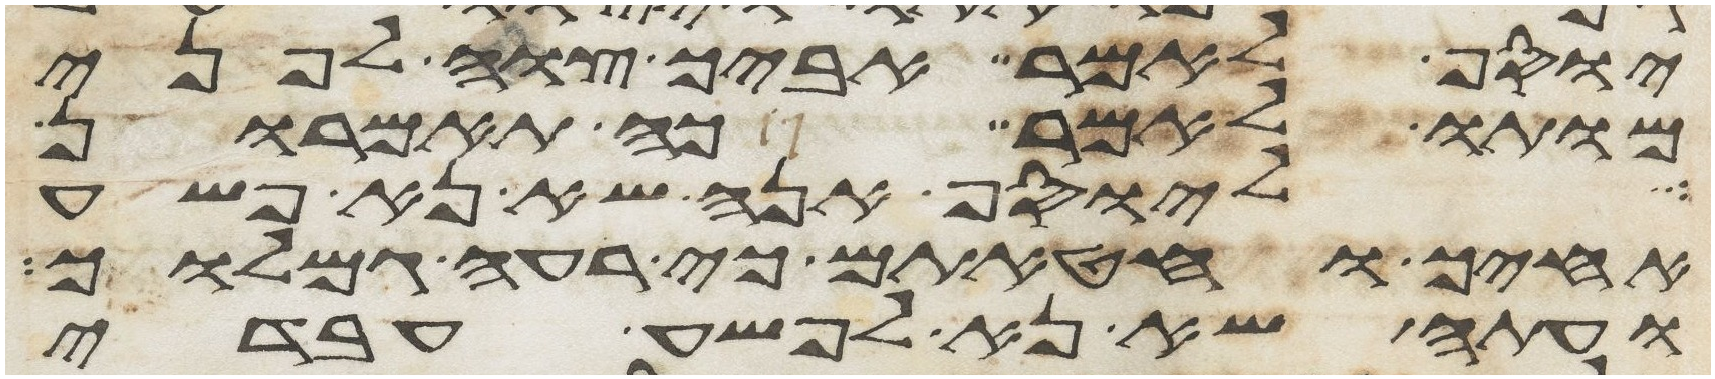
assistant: יוסף לאמר אביך צוה לפני
מותו לאמר כה תאמרון
ליוסף אנה שא נא פשע
אחיך וחטאתם כי רעה גמלוך
ועתה שא נא לפשע עבדי